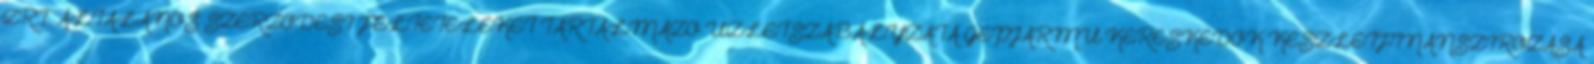
ZRT. ÁLTALÁNOS SZERZŐDÉSI FELTÉTELEKET TARTALMAZÓ ÜZLETSZABÁLYZATA GÉPJÁRMŰ KERESKEDŐK KÉSZLETFINANSZÍROZÁSA